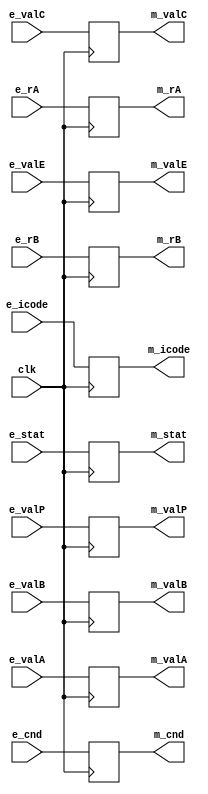
module m_reg(
  clk,
  e_stat,e_icode,e_rA,e_rB,e_valC,e_valP,e_valA,e_valB,e_cnd,e_valE,
  m_stat,m_icode,m_rA,m_rB,m_valC,m_valP,m_valA,m_valB,m_cnd,m_valE
);  
  input clk;
  
  input [2:0]  e_stat;
  input [3:0]  e_icode;
  input [3:0]  e_rA;
  input [3:0]  e_rB;
  input [63:0] e_valC;
  input [63:0] e_valP;
  input [63:0] e_valA;
  input [63:0] e_valB;
  input        e_cnd;
  input [63:0] e_valE;

  output reg [2:0]  m_stat;
  output reg [3:0]  m_icode;
  output reg [3:0]  m_rA;
  output reg [3:0]  m_rB;
  output reg [63:0] m_valC;
  output reg [63:0] m_valP;
  output reg [63:0] m_valA;
  output reg [63:0] m_valB;
  output reg        m_cnd;
  output reg [63:0] m_valE;

  always@(posedge clk)
  begin
    m_stat   <=   e_stat;
    m_icode  <=   e_icode;
    m_rA     <=   e_rA;
    m_rB     <=   e_rB;
    m_valC   <=   e_valC;
    m_valP   <=   e_valP;
    m_valA   <=   e_valA;
    m_valB   <=   e_valB;
    m_cnd    <=   e_cnd;
    m_valE   <=   e_valE;
  end
endmodule